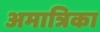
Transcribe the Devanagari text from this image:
अमात्रिका